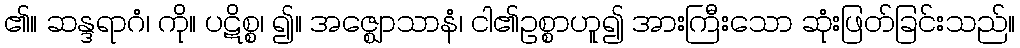
၏။ ဆန္ဒရာဂံ၊ ကို။ ပဋိစ္စ၊ ၍။ အဇ္ဈောသာနံ၊ ငါ၏ဥစ္စာဟူ၍ အားကြီးသော ဆုံးဖြတ်ခြင်းသည်။